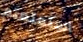
استمتعتم